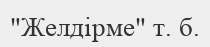
"Желдірме" т. б.